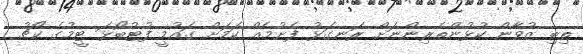
ތިބި ޒުވާން ކުޅުންތެރިންނަށް ރަނގަޅު ފެށުމެއް ކަމަށް ގައުމީ ފުޓުބޯޅަ ޓީމުގެ ކޯޗު